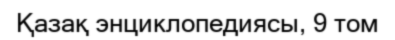
Қазақ энциклопедиясы, 9 том